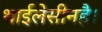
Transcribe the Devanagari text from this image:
थाईलेसीनहै।